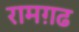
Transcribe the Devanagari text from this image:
रामग़ढ